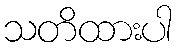
သတိထားပါ